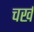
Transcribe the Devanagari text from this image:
चर्ख